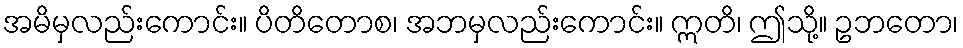
အမိမှလည်းကောင်း။ ပိတိတောစ၊ အဘမှလည်းကောင်း။ ဣတိ၊ ဤသို့။ ဥဘတော၊